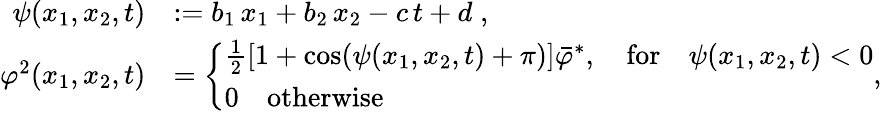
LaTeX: \begin{array}{rl}{\psi(x_{1},x_{2},t)}&{:=b_{1}\, x_{1}+b_{2}\, x_{2}-c\, t+d\; ,}\\ {\varphi^{2}(x_{1},x_{2},t)}&{=\left\{ \begin{array}{ll}{\frac{1}{2}\left[1+\cos(\psi(x_{1},x_{2},t)+\pi)\right]\bar{\varphi}^{*},\quad\mathrm{for}\quad\psi(x_{1},x_{2},t)<0}\\ {0\quad\mathrm{otherwise}}\end{array}\right.,}\end{array}